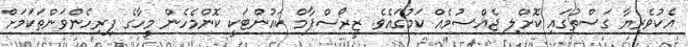
އެކުވެރިޔާ ގަސްތުގައި ކޮށްލި ޖެއްސުމެއް ކަމުގައެވެ. ޒީރޯސްޕާމް ކައުންޓަކީ ކޮންމެހެން މީހާގެ ފިރިހެންވަންތަކަމަށް